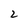
Character: 2